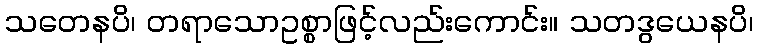
သတေနပိ၊ တရာသောဥစ္စာဖြင့်လည်းကောင်း။ သတဒွယေနပိ၊